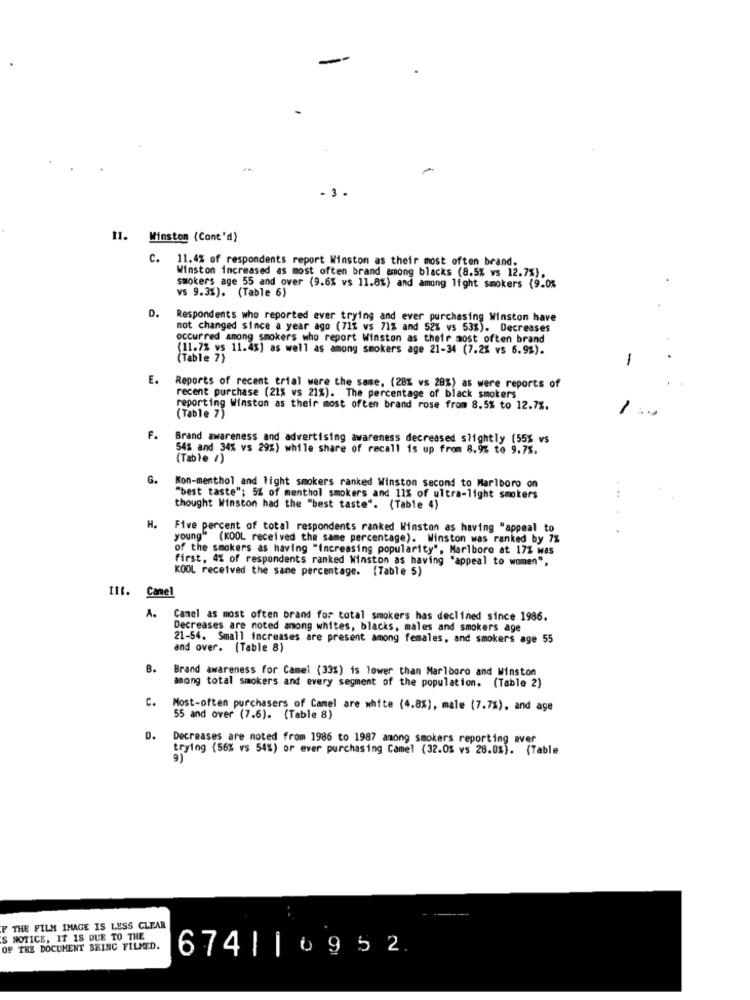
-3 .
II. Winston (Cont'd)
C. 11.4% of respondents report Winston as their most often brand.
Winston increased as most often brand among blacks (8.5% vs 12.7%).
smokers age 55 and over (9.6% vs 11.8%) and among light smokers (9.0%
vs 9.3%). (Table 6)
D.
Respondents who reported ever trying and ever purchasing Winston have
not changed since a year ago (71% vs 71% and 52% vs 53%). Decreases
occurred among smokers who report Winston as their most often brand
(11.7% vs 11.4%) as well as among smokers age 21-34 (7.2% vs 6.9%).
(Table 7)
-
E.
Reports of recent trial were the same, (28% vs 28%) as were reports of
recent purchase (21% ws 21%). The percentage of black smokers
reporting Winston as their most often brand rose from 8.5% to 12.7%.
(Table 7)
F.
Brand awareness and advertising awareness decreased slightly (55% vs
54% and 34% vs 29%) while share of recall is up from 8.9% to 9.7%.
(Table /)
G.
Kon-menthol and light smokers ranked Winston second to Marlboro on
"best taste"; 5% of menthol smokers and 11% of ultra-light smokers
thought Winston had the "best taste". (Table 4)
H.
Five percent of total respondents ranked Winston as having "appeal to
young" (KOOL received the same percentage). Winston was ranked by 7%
of the smokers as having "Increasing popularity", Marlboro at 17% was
first, 4% of respondents ranked Winston as having "appeal to women",
KOOL received the same percentage. [Table 5)
Ilt. Camel
A.
Camel as most often brand for total smokers has declined since 1986.
Decreases are noted anong whites, blacks, males and smokers age
21-54. Small increases are present among females, and smokers age 55
and over. (Table 8)
B.
Brand awareness for Camel (33%) is lower than Marlboro and Winston
among total smokers and every segment of the population. (Table 2)
c.
Most-often purchasers of Camel are white (4.8%), male (7.7%), and age
55 and over (7.6). {Table 8)
D.
Decreases are noted from 1986 to 1987 among smokers reporting ever
trying (56% vs 54%) or ever purchasing Camel (32.0% vs 28.0%). (Table
F THE FILM IMAGE IS LESS CLEAR
IS NOTICE, IT IS DUE TO THE
OF THE DOCUMENT BEING FILMED.
674| |0952